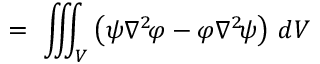
\displaystyle \ = \ \iiint _ { V } \left( \psi \nabla ^ { 2 } \! \varphi - \varphi \nabla ^ { 2 } \! \psi \right) \, d V